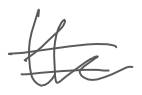
Text: the
Cross-out: double-line
Writing tool: digital_gray